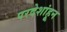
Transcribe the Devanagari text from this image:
परदेशांहून